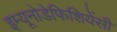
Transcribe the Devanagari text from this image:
इम्यूनोडेफिशियेंसी